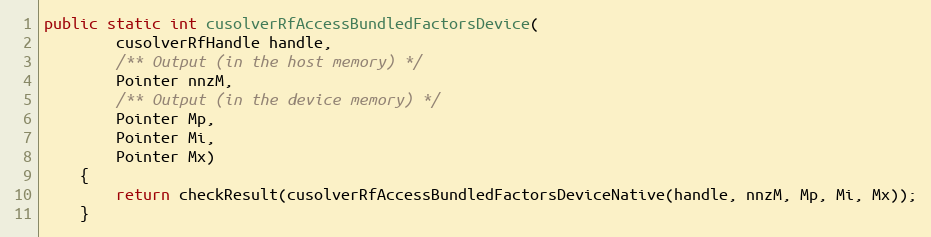
Language: Java
public static int cusolverRfAccessBundledFactorsDevice(
        cusolverRfHandle handle,
        /** Output (in the host memory) */
        Pointer nnzM,
        /** Output (in the device memory) */
        Pointer Mp,
        Pointer Mi,
        Pointer Mx)
    {
        return checkResult(cusolverRfAccessBundledFactorsDeviceNative(handle, nnzM, Mp, Mi, Mx));
    }